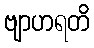
ဗျာဟရတိ